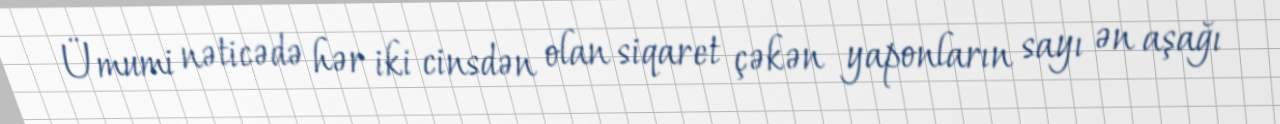
Ümumi nəticədə hər iki cinsdən olan siqaret çəkən yaponların sayı ən aşağı